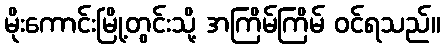
မိုးကောင်းမြို့တွင်းသို့ အကြိမ်ကြိမ် ဝင်ရသည်။